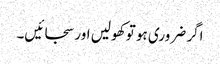
اگر ضروری ہو تو کھولیں اور سجائیں۔